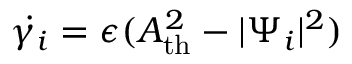
\dot { \gamma _ { i } } = \epsilon ( A _ { \mathrm { t h } } ^ { 2 } - | \Psi _ { i } | ^ { 2 } )